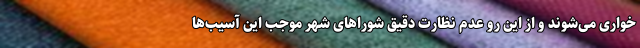
خواری می‌شوند و از این رو عدم نظارت دقیق شوراهای شهر موجب این آسیب‌ها